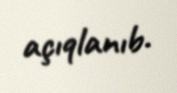
açıqlanıb.